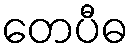
တေပီဓ